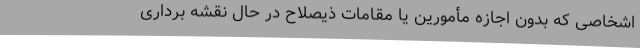
‌اشخاصی که بدون اجازه مأمورین یا مقامات ذیصلاح در حال نقشه ‌برداری